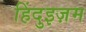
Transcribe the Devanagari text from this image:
हिंदुइज़म